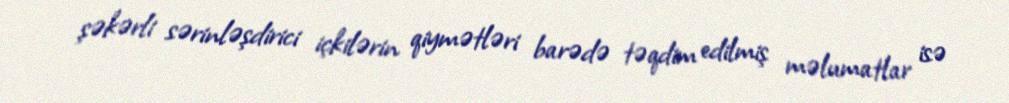
şəkərli sərinləşdirici içkilərin qiymətləri barədə təqdim edilmiş məlumatlar isə